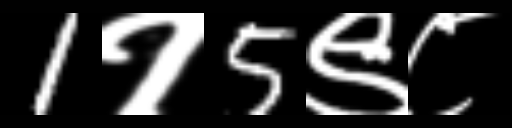
Text: 1१5९८